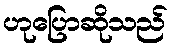
ဟုပြောဆိုသည်